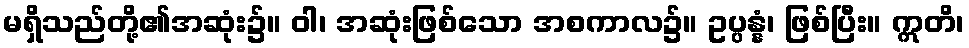
မရှိသည်တို့၏အဆုံး၌။ ဝါ၊ အဆုံးဖြစ်သော အစကာလ၌။ ဥပ္ပန္နံ၊ ဖြစ်ပြီး။ ဣတိ၊